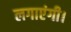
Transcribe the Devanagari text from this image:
लगाएंगी।